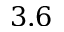
3 . 6